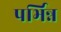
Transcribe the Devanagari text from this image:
पर्भिन्न